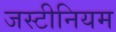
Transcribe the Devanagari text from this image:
जस्टीनियम